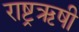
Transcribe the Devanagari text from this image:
राष्ट्रऋषी